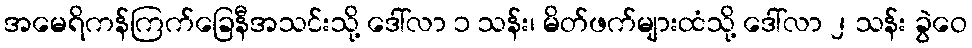
အမေရိကန်ကြက်ခြေနီအသင်းသို့ ဒေါ်လာ ၁ သန်း၊ မိတ်ဖက်များထံသို့ ဒေါ်လာ ၂ သန်း ခွဲဝေ